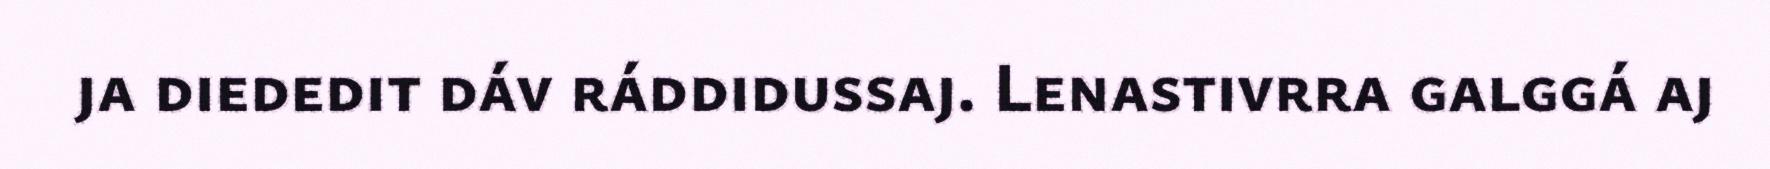
ja diededit dáv ráddidussaj. Lenastivrra galggá aj